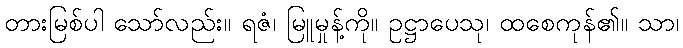
တားမြစ်ပါ သော်လည်း။ ရဇံ၊ မြူမှုန့်ကို။ ဥဋ္ဌာပေသု၊ ထစေကုန်၏။ သာ၊